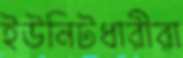
ইউনিটধারীরা